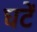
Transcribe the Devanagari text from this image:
घटें